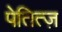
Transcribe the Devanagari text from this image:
पेतित्ज़